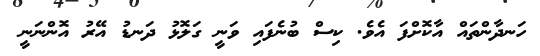
ހަނދާންތައް އާކޮށްފަ އެވެ. ކިސް ބުނެފައި ވަނީ ގަލޮޅު ދަނޑު އޭރު އޮންނަނީ